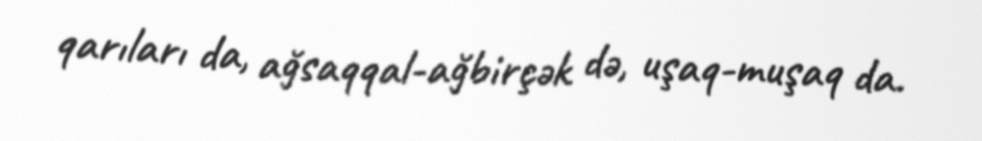
qarıları da, ağsaqqal-ağbirçək də, uşaq-muşaq da.